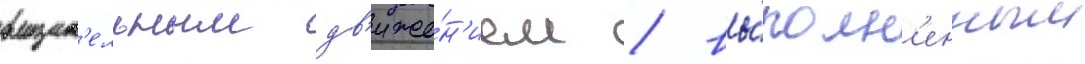
вращат'ельным дв'иже́н'ием / вы́полн'енным